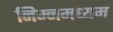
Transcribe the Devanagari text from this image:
निम्नमध्यम